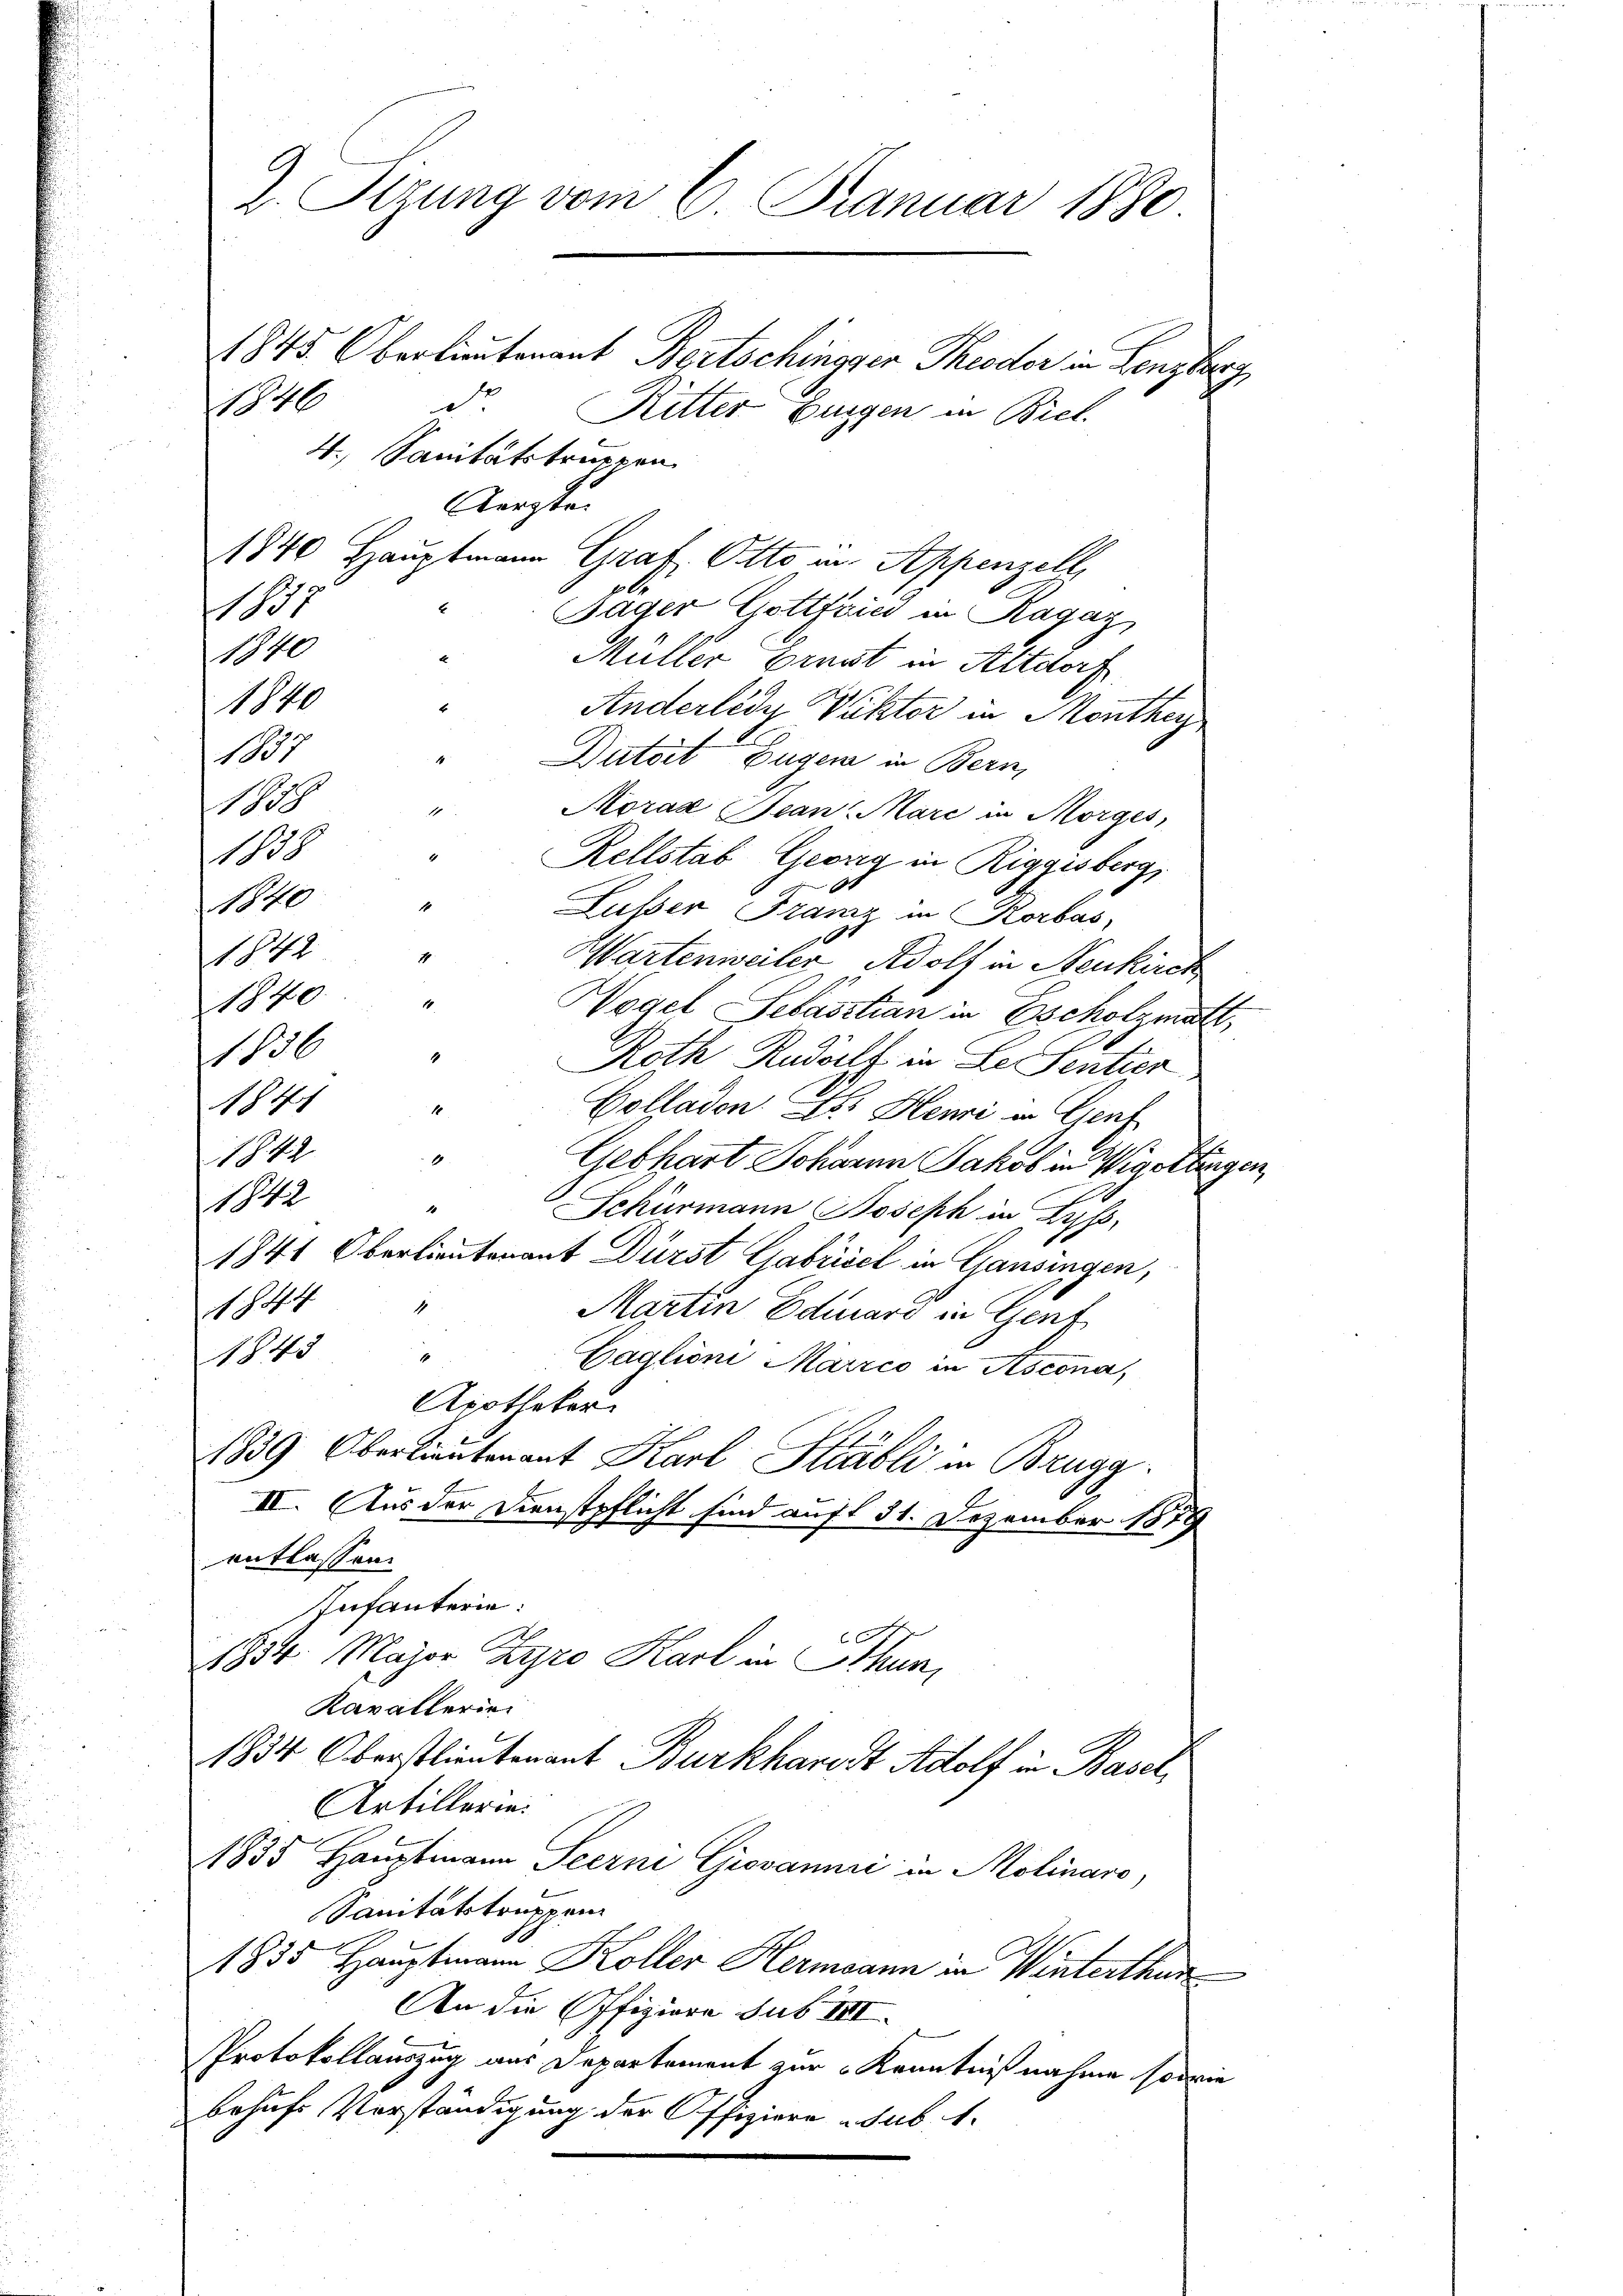
2. Sizung vom 6. Januar 1880
11845. Oberlieutenant Bertschingger Theoder in Lenzberg
1
s
Ritter Burgen in Biel

4. Sanitätstruppen
Aerzte.
1840 Hauptmann Graf. Otto in Appenzell,
1101
Jäger Gottfried in Ragaz
1840
Müller Ernst in Altdorf
1840
Anderledy Viktor in Monthey
101.
Dutort Eugen in Bern,
1858
1
Moraz Bean-Marc in Morges,
1838
Rellstab Georg in Riggisberg,
N 10
1
Lusser Franz in Korbas,
41
4
Wartenweiler Adolf in Neukirch
140
1
Wogel Sebastian in Escholzmatt,
1836
1
Roth Rudolf in Le Sentier
184
1
Colladen Des Henri in Genf
1842
4
Gebhart Johannn Jakob in Wigettingen,
F
1842
1
Schürmann Joseph in Lyss,
1841 Oberlieutenant Dürst Gabrisel in Gansingen,
1844
1
Martin Eduard in Genf
1843
4
Caglioni Marrco in Ascona,
Apothekar
1839 Oberlieutenant Karl Stabli in Brugg.
II. Aus der Dienstpflicht sind auf 31. Dezember 1879
entlassen.
Infanterie:
1834. Major Zyro Karl in thun,
Kavallerie
1834 Oberstlieutenant Burkhares Adolf in Basel,
Artillerie
1835 Hauptmann Seerni Giovanić in Molinare,
Sanitätstruppen
1835 Hauptmann Koller Hermann in Winterthur
An die Offiziere sub III
Protokollauszug aus Departement zur Kenntnißnahme sowie
behufs Vorständigung der Offiziere sub. 1.
i